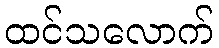
ထင်သလောက်